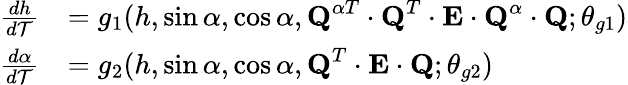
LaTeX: \begin{array}{rl}{\frac{dh}{d\mathcal{T}}}&{=g_{1}(h,\sin\alpha,\cos\alpha,\textbf{Q}^{\alpha T}\cdot\textbf{Q}^{T}\cdot\textbf{E}\cdot\textbf{Q}^{\alpha}\cdot\textbf{Q};\theta_{g1})}\\ {\frac{d\alpha}{d\mathcal{T}}}&{=g_{2}(h,\sin\alpha,\cos\alpha,\textbf{Q}^{T}\cdot\textbf{E}\cdot\textbf{Q};\theta_{g2})}\end{array}